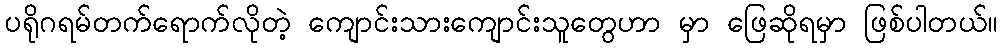
ပရိုဂရမ်တက်ရောက်လိုတဲ့ ကျောင်းသားကျောင်းသူတွေဟာ မှာ ဖြေဆိုရမှာ ဖြစ်ပါတယ်။